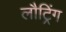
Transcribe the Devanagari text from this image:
लौट्रिंग